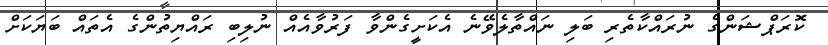
ކޮރަޕްޝަންގެ ނުރައްކާތެރި ބަލި ނައްތާލެވޭނެ އެކަށީގެންވާ ފަރުވާއެއް ނުލިބި ރައްޔިތުންގެ އެތައް ބަޔަކަށް